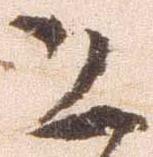
恐